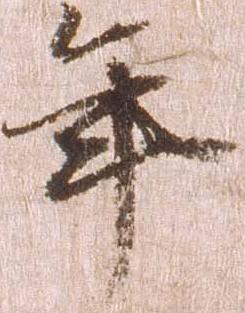
年